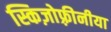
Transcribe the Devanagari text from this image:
स्किज़ोफ़्रीनीया